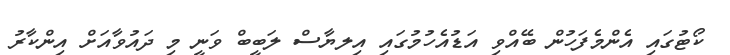
ކޯޓުގައި އެންމެފަހުން ބޭއްވި އަޑުއެހުމުގައި އިލޔާސް ލަބީބް ވަނީ މި ދައުވާއަށް އިންކާރު